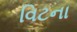
વિટના